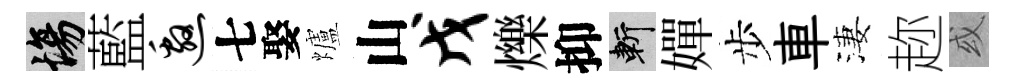
場藍邀七娶爐山戊爍抑斬嬋步車淒趂或